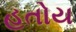
હતોય